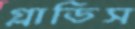
গ্লাডিস